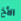
الأخ